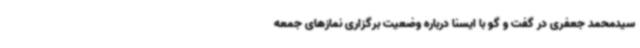
سیدمحمد جعفری در گفت و گو با ایسنا درباره وضعیت برگزاری نمازهای جمعه